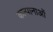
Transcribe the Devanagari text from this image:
कल्पानाओं